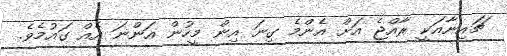
ޗައިނާއަކީ ރާއްޖެ އަށް އެންމެ ގިނަ އިން މީހުން އަންނަ އެއް ގައުމެވެ.